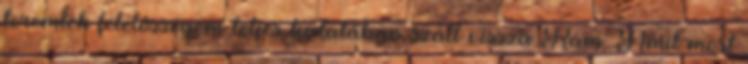
teremtek felelősségem teljes tudatában száll vissza Rám. Amit most